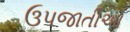
ઉપજાતીઓ